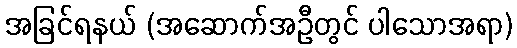
အခြင်ရနယ် (အဆောက်အဦတွင် ပါသောအရာ)